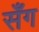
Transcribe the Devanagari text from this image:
सँग